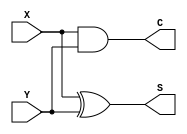
module half_adder(
    input X, Y,
    output S, C
);

assign S = X^Y;
assign C = (X&Y);
    
endmodule